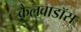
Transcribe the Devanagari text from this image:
कैलवाडॉस